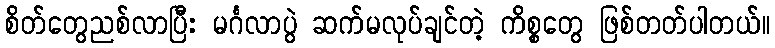
စိတ်တွေညစ်လာပြီး မင်္ဂလာပွဲ ဆက်မလုပ်ချင်တဲ့ ကိစ္စတွေ ဖြစ်တတ်ပါတယ်။